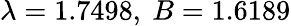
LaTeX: \lambda=1.7498,\ B=1.6189